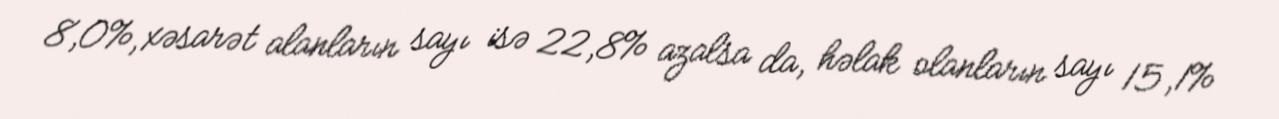
8,0%, xəsarət alanların sayı isə 22,8% azalsa da, həlak olanların sayı 15,1%